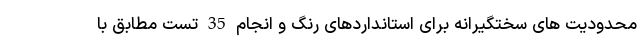
محدودیت های سختگیرانه برای استانداردهای رنگ و انجام 35 تست مطابق با